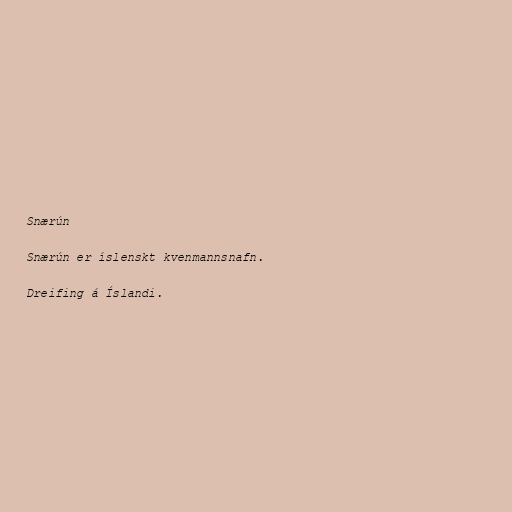
Snærún

Snærún er íslenskt kvenmannsnafn.

Dreifing á Íslandi.